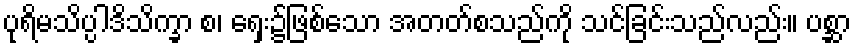
ပုရိမသိပ္ပါဒိသိက္ခာ စ၊ ရှေး၌ဖြစ်သော အတတ်စသည်ကို သင်ခြင်းသည်လည်း။ ပစ္ဆာ